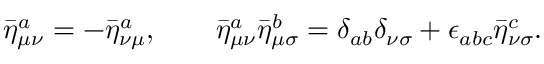
{ \bar { \eta } ^ { a } } _ { \mu \nu } = - { \bar { \eta } ^ { a } } _ { \nu \mu } , \qquad { \bar { \eta } ^ { a } } _ { \mu \nu } { \bar { \eta } ^ { b } } _ { \mu \sigma } = { \delta } _ { a b } { \delta } _ { \nu \sigma } + { \epsilon } _ { a b c } { \bar { \eta } ^ { c } } _ { \nu \sigma } .